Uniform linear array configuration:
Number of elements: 24
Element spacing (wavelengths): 1
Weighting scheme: blackman
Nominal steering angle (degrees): -45
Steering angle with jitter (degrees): -46.479
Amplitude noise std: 0.05
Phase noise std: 0.05

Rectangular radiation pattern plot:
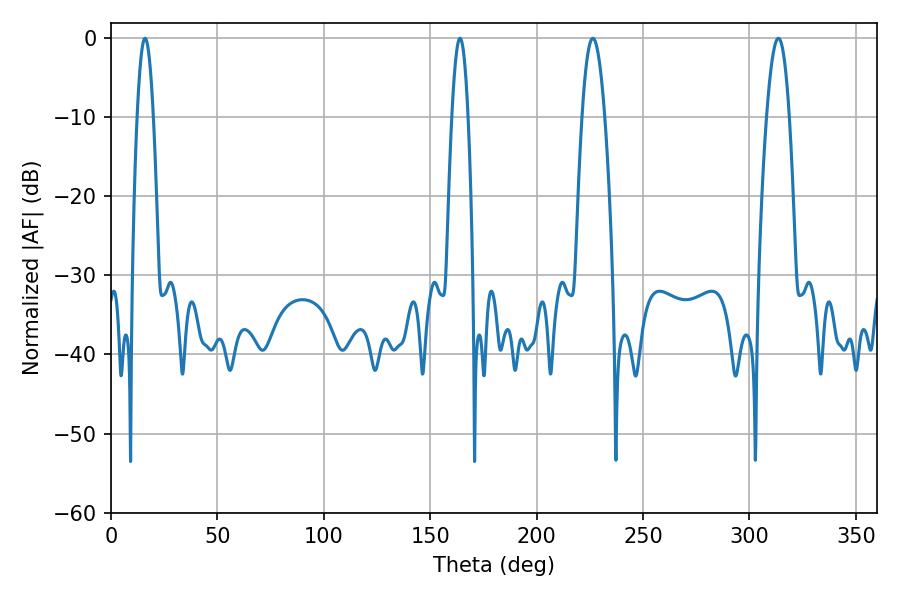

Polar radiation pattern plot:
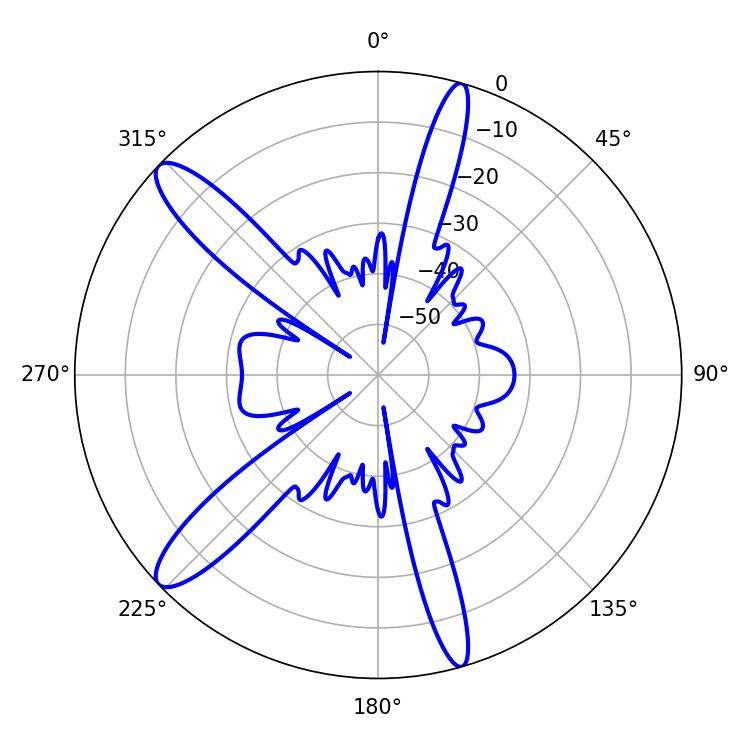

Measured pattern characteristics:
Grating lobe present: TRUE
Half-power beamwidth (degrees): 3.96
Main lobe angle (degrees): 16.02